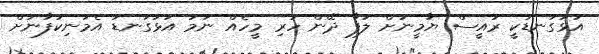
އަޅުގަނޑަކީ ރައީސް ޔާމީނަށް ލަފާ ދޭން ހުރި މީހެއް ނަމަ އަޅުގަނޑު އެމަނިކުފާނަށް